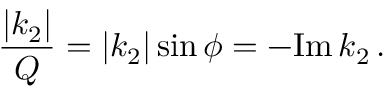
\frac { | k _ { 2 } | } { Q } = | k _ { 2 } | \sin \phi = - \mathrm { I m } \, k _ { 2 } \, .